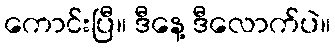
ကောင်းပြီ။ ဒီနေ့ ဒီလောက်ပဲ။